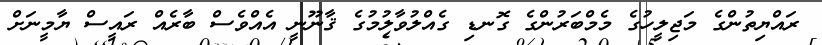
ރައްޔިތުންގެ މަޖިލީހުގެ މެމްބަރުންގެ ގޮނޑި ގެއްލުވާލުމުގެ ޤާނޫނީ އެއްވެސް ބާރެއް ރައީސް ޔާމީނަށް